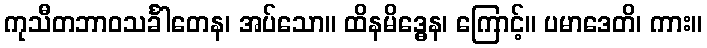
ကုသီတဘာဝသင်္ခါတေန၊ အပ်သော။ ထိနမိဒ္ဓေန၊ ကြောင့်။ ပမာဒေတိ၊ ကား။